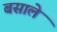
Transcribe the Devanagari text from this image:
बसाले